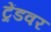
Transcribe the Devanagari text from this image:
ट्रेंडवर